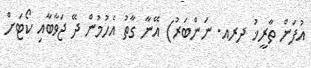
އުފަން ތާރީޚު ދރއ. ނަންބަރު) އޭނާ ގާތު އެހުމުން ދޭ ޖަވާބާއި ކޯޓަށް